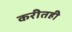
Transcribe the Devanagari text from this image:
करीतही